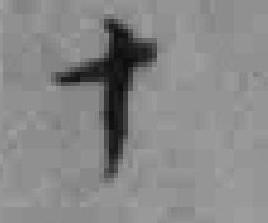
十